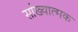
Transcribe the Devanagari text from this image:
सांख्यात्मक